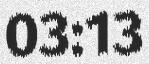
03:13